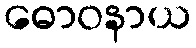
ဓောဝနာယ